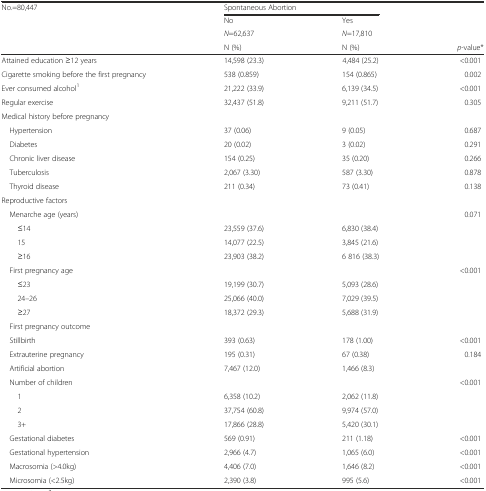
<table><thead><tr><td rowspan="3"><b>No.=80,447</b></td><td colspan="2"><b>Spontaneous Abortion</b></td><td rowspan="3"></td></tr><tr><td><b>No</b></td><td><b>Yes</b></td></tr><tr><td><b><i>N</i>=62,637</b></td><td><b><i>N</i>=17,810</b></td></tr><tr><td></td><td><b>N (%)</b></td><td><b>N (%)</b></td><td><b><i>p</i>-value*</b></td></tr></thead><tbody><tr><td>Attained education ≥12 years</td><td>14,598 (23.3)</td><td>4,484 (25.2)</td><td>&lt;0.001</td></tr><tr><td>Cigarette smoking before the first pregnancy</td><td>538 (0.859)</td><td>154 (0.865)</td><td>0.002</td></tr><tr><td>Ever consumed alcohol<sup>1</sup></td><td>21,222 (33.9)</td><td>6,139 (34.5)</td><td>&lt;0.001</td></tr><tr><td>Regular exercise</td><td>32,437 (51.8)</td><td>9,211 (51.7)</td><td>0.305</td></tr><tr><td colspan="2">Medical history before pregnancy</td><td></td><td></td></tr><tr><td> Hypertension</td><td>37 (0.06)</td><td>9 (0.05)</td><td>0.687</td></tr><tr><td> Diabetes</td><td>20 (0.02)</td><td>3 (0.02)</td><td>0.291</td></tr><tr><td> Chronic liver disease</td><td>154 (0.25)</td><td>35 (0.20)</td><td>0.266</td></tr><tr><td> Tuberculosis</td><td>2,067 (3.30)</td><td>587 (3.30)</td><td>0.878</td></tr><tr><td> Thyroid disease</td><td>211 (0.34)</td><td>73 (0.41)</td><td>0.138</td></tr><tr><td>Reproductive factors</td><td></td><td></td><td></td></tr><tr><td> Menarche age (years)</td><td></td><td></td><td>0.071</td></tr><tr><td>≤14</td><td>23,559 (37.6)</td><td>6,830 (38.4)</td><td></td></tr><tr><td>15</td><td>14,077 (22.5)</td><td>3,845 (21.6)</td><td></td></tr><tr><td>≥16</td><td>23,903 (38.2)</td><td>6 816 (38.3)</td><td></td></tr><tr><td> First pregnancy age</td><td></td><td></td><td>&lt;0.001</td></tr><tr><td>≤23</td><td>19,199 (30.7)</td><td>5,093 (28.6)</td><td></td></tr><tr><td>24–26</td><td>25,066 (40.0)</td><td>7,029 (39.5)</td><td></td></tr><tr><td>≥27</td><td>18,372 (29.3)</td><td>5,688 (31.9)</td><td></td></tr><tr><td> First pregnancy outcome</td><td></td><td></td><td></td></tr><tr><td> Stillbirth</td><td>393 (0.63)</td><td>178 (1.00)</td><td>&lt;0.001</td></tr><tr><td> Extrauterine pregnancy</td><td>195 (0.31)</td><td>67 (0.38)</td><td>0.184</td></tr><tr><td> Artificial abortion</td><td>7,467 (12.0)</td><td>1,466 (8.3)</td><td></td></tr><tr><td> Number of children</td><td></td><td></td><td>&lt;0.001</td></tr><tr><td>1</td><td>6,358 (10.2)</td><td>2,062 (11.8)</td><td></td></tr><tr><td>2</td><td>37,754 (60.8)</td><td>9,974 (57.0)</td><td></td></tr><tr><td>3+</td><td>17,866 (28.8)</td><td>5,420 (30.1)</td><td></td></tr><tr><td> Gestational diabetes</td><td>569 (0.91)</td><td>211 (1.18)</td><td>&lt;0.001</td></tr><tr><td> Gestational hypertension</td><td>2,966 (4.7)</td><td>1,065 (6.0)</td><td>&lt;0.001</td></tr><tr><td> Macrosomia (&gt;4.0kg)</td><td>4,406 (7.0)</td><td>1,646 (8.2)</td><td>&lt;0.001</td></tr><tr><td> Microsomia (&lt;2.5kg)</td><td>2,390 (3.8)</td><td>995 (5.6)</td><td>&lt;0.001</td></tr></tbody></table>